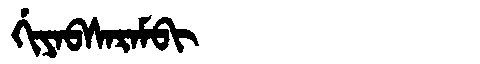
Manchu: ᡤᡳᠶᠠᠪᠰᠠᡵᠠᠮᠪᡳ
Romanization: GIYABSARAMBI